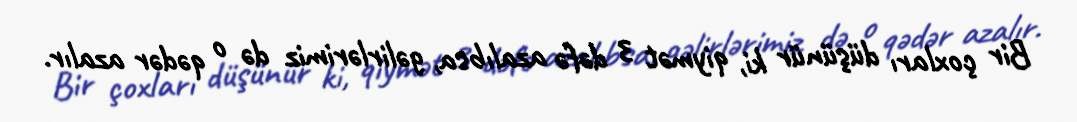
Bir çoxları düşünür ki, qiymət 3 dəfə azalıbsa, gəlirlərimiz də o qədər azalır.